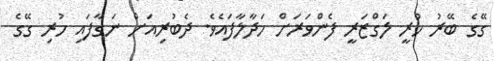
ގޭގެ ބޭރު ހުރީ ލަގްޒަރީ ފެންވަރަށް ހަދާލާފައެވެ. ދެބުރިއަށް ނަގާފައި ހުރި ގޭގެ